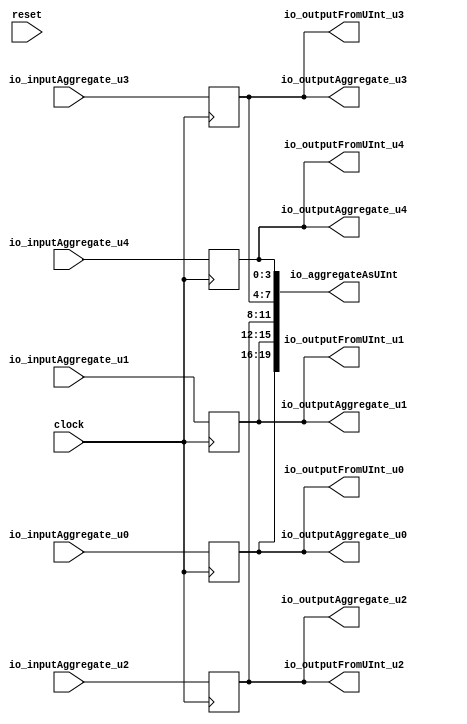
module AggregatePassThrough( // @[:@3.2]
  input         clock, // @[:@4.4]
  input         reset, // @[:@5.4]
  input  [3:0]  io_inputAggregate_u0, // @[:@6.4]
  input  [3:0]  io_inputAggregate_u1, // @[:@6.4]
  input  [3:0]  io_inputAggregate_u2, // @[:@6.4]
  input  [3:0]  io_inputAggregate_u3, // @[:@6.4]
  input  [3:0]  io_inputAggregate_u4, // @[:@6.4]
  output [3:0]  io_outputAggregate_u0, // @[:@6.4]
  output [3:0]  io_outputAggregate_u1, // @[:@6.4]
  output [3:0]  io_outputAggregate_u2, // @[:@6.4]
  output [3:0]  io_outputAggregate_u3, // @[:@6.4]
  output [3:0]  io_outputAggregate_u4, // @[:@6.4]
  output [19:0] io_aggregateAsUInt, // @[:@6.4]
  output [3:0]  io_outputFromUInt_u0, // @[:@6.4]
  output [3:0]  io_outputFromUInt_u1, // @[:@6.4]
  output [3:0]  io_outputFromUInt_u2, // @[:@6.4]
  output [3:0]  io_outputFromUInt_u3, // @[:@6.4]
  output [3:0]  io_outputFromUInt_u4 // @[:@6.4]
);
`ifdef RANDOMIZE_REG_INIT
  reg [31:0] _RAND_0;
  reg [31:0] _RAND_1;
  reg [31:0] _RAND_2;
  reg [31:0] _RAND_3;
  reg [31:0] _RAND_4;
`endif // RANDOMIZE_REG_INIT
  reg [3:0] aggregateRegister_u0; // @[AggregateOrderingSpec.scala 134:30:@11.4]
  reg [3:0] aggregateRegister_u1; // @[AggregateOrderingSpec.scala 134:30:@11.4]
  reg [3:0] aggregateRegister_u2; // @[AggregateOrderingSpec.scala 134:30:@11.4]
  reg [3:0] aggregateRegister_u3; // @[AggregateOrderingSpec.scala 134:30:@11.4]
  reg [3:0] aggregateRegister_u4; // @[AggregateOrderingSpec.scala 134:30:@11.4]
  wire [7:0] _T_8 = {aggregateRegister_u3,aggregateRegister_u4}; // @[AggregateOrderingSpec.scala 139:49:@22.4]
  wire [11:0] _T_10 = {aggregateRegister_u0,aggregateRegister_u1,aggregateRegister_u2}; // @[AggregateOrderingSpec.scala 139:49:@24.4]
  wire [19:0] _T_11 = {aggregateRegister_u0,aggregateRegister_u1,aggregateRegister_u2,aggregateRegister_u3,
    aggregateRegister_u4}; // @[AggregateOrderingSpec.scala 139:49:@25.4]
  assign io_outputAggregate_u0 = aggregateRegister_u0;
  assign io_outputAggregate_u1 = aggregateRegister_u1;
  assign io_outputAggregate_u2 = aggregateRegister_u2;
  assign io_outputAggregate_u3 = aggregateRegister_u3;
  assign io_outputAggregate_u4 = aggregateRegister_u4;
  assign io_aggregateAsUInt = {_T_10,_T_8}; // @[AggregateOrderingSpec.scala 139:49:@25.4]
  assign io_outputFromUInt_u0 = _T_11[19:16]; // @[AggregateOrderingSpec.scala 140:50:@44.4]
  assign io_outputFromUInt_u1 = _T_11[15:12]; // @[AggregateOrderingSpec.scala 140:50:@42.4]
  assign io_outputFromUInt_u2 = _T_11[11:8]; // @[AggregateOrderingSpec.scala 140:50:@40.4]
  assign io_outputFromUInt_u3 = _T_11[7:4]; // @[AggregateOrderingSpec.scala 140:50:@38.4]
  assign io_outputFromUInt_u4 = _T_11[3:0]; // @[AggregateOrderingSpec.scala 140:50:@36.4]
  always @(posedge clock) begin
    aggregateRegister_u0 <= io_inputAggregate_u0;
    aggregateRegister_u1 <= io_inputAggregate_u1;
    aggregateRegister_u2 <= io_inputAggregate_u2;
    aggregateRegister_u3 <= io_inputAggregate_u3;
    aggregateRegister_u4 <= io_inputAggregate_u4;
  end
// Register and memory initialization
`ifdef RANDOMIZE_GARBAGE_ASSIGN
`define RANDOMIZE
`endif
`ifdef RANDOMIZE_INVALID_ASSIGN
`define RANDOMIZE
`endif
`ifdef RANDOMIZE_REG_INIT
`define RANDOMIZE
`endif
`ifdef RANDOMIZE_MEM_INIT
`define RANDOMIZE
`endif
`ifndef RANDOM
`define RANDOM $random
`endif
`ifdef RANDOMIZE_MEM_INIT
  integer initvar;
`endif
`ifndef SYNTHESIS
`ifdef FIRRTL_BEFORE_INITIAL
`FIRRTL_BEFORE_INITIAL
`endif
initial begin
  `ifdef RANDOMIZE
    `ifdef INIT_RANDOM
      `INIT_RANDOM
    `endif
    `ifndef VERILATOR
      `ifdef RANDOMIZE_DELAY
        #`RANDOMIZE_DELAY begin end
      `else
        #0.002 begin end
      `endif
    `endif
`ifdef RANDOMIZE_REG_INIT
  _RAND_0 = {1{`RANDOM}};
  aggregateRegister_u0 = _RAND_0[3:0];
  _RAND_1 = {1{`RANDOM}};
  aggregateRegister_u1 = _RAND_1[3:0];
  _RAND_2 = {1{`RANDOM}};
  aggregateRegister_u2 = _RAND_2[3:0];
  _RAND_3 = {1{`RANDOM}};
  aggregateRegister_u3 = _RAND_3[3:0];
  _RAND_4 = {1{`RANDOM}};
  aggregateRegister_u4 = _RAND_4[3:0];
`endif // RANDOMIZE_REG_INIT
  `endif // RANDOMIZE
end // initial
`ifdef FIRRTL_AFTER_INITIAL
`FIRRTL_AFTER_INITIAL
`endif
`endif // SYNTHESIS
endmodule